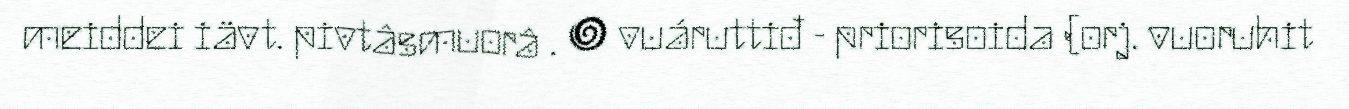
meiddei iävt. pivtâsmuorâ . ● vuáruttiđ - priorisoida (orj. vuoruhit